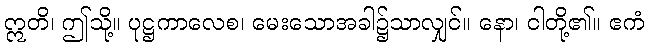
ဣတိ၊ ဤသို့။ ပုဋ္ဌကာလေစ၊ မေးသောအခါ၌သာလျှင်။ နော၊ ငါတို့၏။ ဧကံ